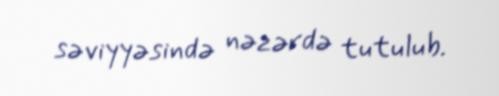
səviyyəsində nəzərdə tutulub.